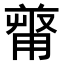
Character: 𠭻